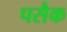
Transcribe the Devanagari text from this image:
पसैक